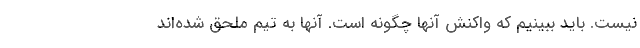
نیست. باید ببینیم که واکنش آنها چگونه است. آنها به تیم ملحق شده‌اند